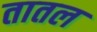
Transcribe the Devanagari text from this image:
तातल